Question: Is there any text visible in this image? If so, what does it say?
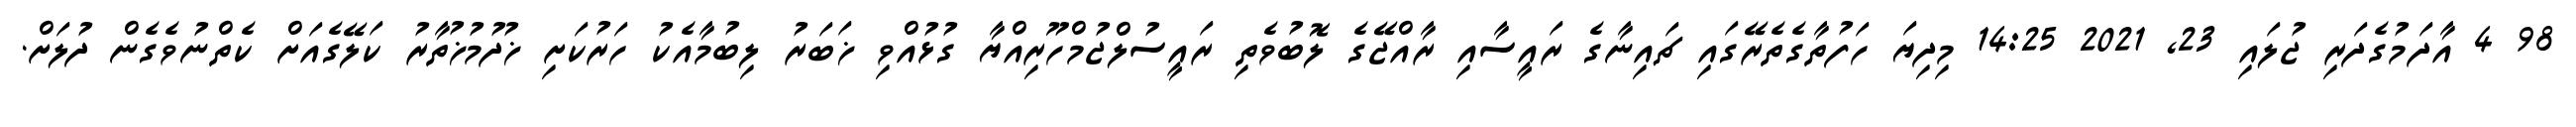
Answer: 98 4 އާދަމުގެދަރި ޖުލައި 23, 2021 14:25 މިދިޔަ ހަފުތާގެތެރޭގައި ޗައިނާގެ ރައީސާއި ރާއްޖޭގެ ލޮބުވެތި ރައީސުލްޖުމްހޫރިއްޔާ ގުޅުއްވި ޚަބަރު ލިބުމާއެކު ހަރުކަށި ޚުދުމުޚުތާރު ކަލޭގެއަށް ކެތްނުވެގެން ދުލަށް.